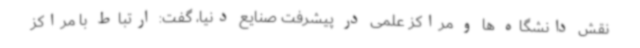
نقش دانشگاه ها و مراکز علمی در پیشرفت صنایع دنیا، گفت: ارتباط با مراکز